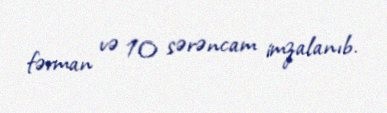
fərman və 10 sərəncam imzalanıb.